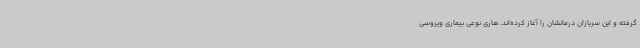
گرفته و این سربازان درمانشان را آغاز کرده‌اند. هاری نوعی بیماری ویروسی